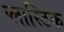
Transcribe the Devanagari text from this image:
प्‍लास्‍टिक